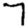
Digit: 7